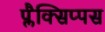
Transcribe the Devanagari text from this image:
प्लैक्सिप्पस